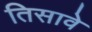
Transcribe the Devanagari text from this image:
तिसावे